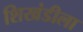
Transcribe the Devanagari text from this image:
शिखंडीला